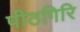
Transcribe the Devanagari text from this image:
पीठगिरि